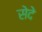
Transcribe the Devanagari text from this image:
सेदे